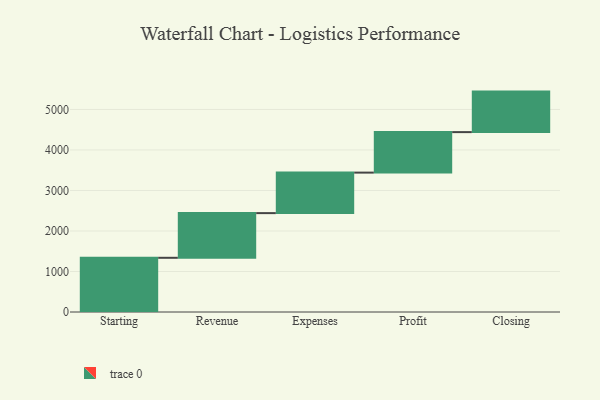
{"axis": {"x": "Step", "y": "Value"}, "legend": [""], "data": [{"x": "Starting", "y": 1338.0, "type": ""}, {"x": "Revenue", "y": 1103.0, "type": ""}, {"x": "Expenses", "y": 1000, "type": ""}, {"x": "Profit", "y": 1000, "type": ""}, {"x": "Closing", "y": 1000, "type": ""}]}